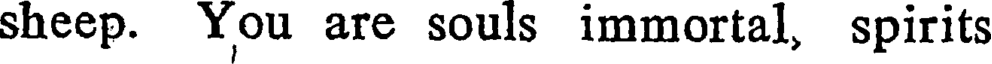
sheep. You are souls immortal, spirits